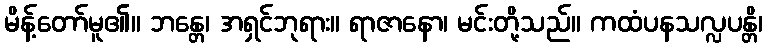
မိန့်တော်မူ၏။ ဘန္တေ၊ အရှင်ဘုရား။ ရာဇာနော၊ မင်းတို့သည်။ ကထံပနသလ္လပန္တိ၊